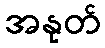
အနုတ်